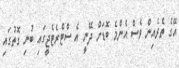
އޭގެ ތެރެއިން ވެސް އެންމެ ބޮޑަށް ދޭނީ އެ ސްޓްރެޓެޖީގައި ބުނި ގޮތުގައި